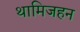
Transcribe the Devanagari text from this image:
थामिजहन